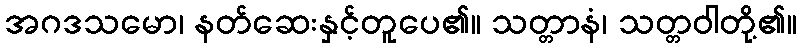
အဂဒသမော၊ နတ်ဆေးနှင့်တူပေ၏။ သတ္တာနံ၊ သတ္တဝါတို့၏။